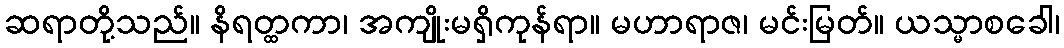
ဆရာတို့သည်။ နိရတ္ထကာ၊ အကျိုးမရှိကုန်ရာ။ မဟာရာဇ၊ မင်းမြတ်။ ယသ္မာစခေါ၊